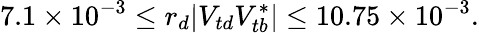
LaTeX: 7.1\times 10^{-3}\leq r_{d}|V_{td}V_{tb}^{*}|\leq 10.75\times 10^{-3}.